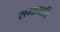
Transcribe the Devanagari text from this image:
समायाति